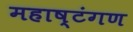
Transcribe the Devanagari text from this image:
महाष्टंगण